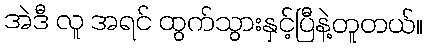
အဲဒီ လူ အရင် ထွက်သွားနှင့်ပြီနဲ့တူတယ်။